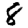
Digit: 8